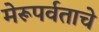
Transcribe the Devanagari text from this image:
मेरूपर्वताचे